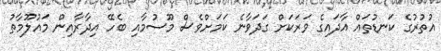
އުތުރުގެ ކަނޑުތައް އާދައިގެ ވަރަކަށް ގަދަވާނެ ކަމަށްވެސް މޫސުމާއި ބެހޭ އިދާރާއިން މައުލޫމާތު